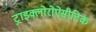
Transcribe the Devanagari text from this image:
ट्राइक्लोरोऐसीटिक